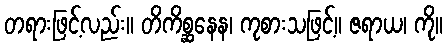
တရားဖြင့်လည်း။ တိကိစ္ဆနေန၊ ကုစားသဖြင့်။ ဇရာယ၊ ကို။